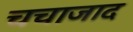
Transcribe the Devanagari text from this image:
चचाजाद